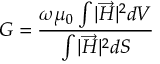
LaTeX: G = { \frac { \omega \mu _ { 0 } \int { | { \overrightarrow { H } } | ^ { 2 } d V } } { \int { | { \overrightarrow { H } } | ^ { 2 } d S } } }